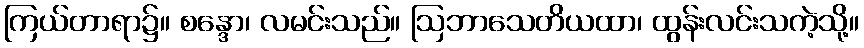
ကြယ်တာရာ၌။ စန္ဒော၊ လမင်းသည်။ ဩဘာသေတိယထာ၊ ထွန်းလင်းသကဲ့သို့။